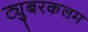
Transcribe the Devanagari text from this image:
ट्युबरकलम